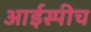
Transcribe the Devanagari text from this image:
आईस्पीच